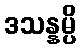
ဒသန္နမ္ပိ